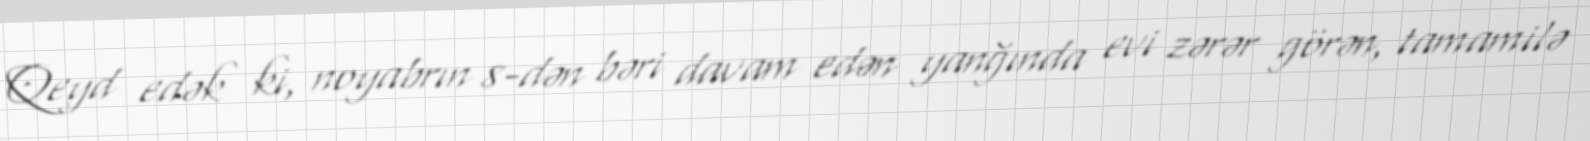
Qeyd edək ki, noyabrın 8-dən bəri davam edən yanğında evi zərər görən, tamamilə